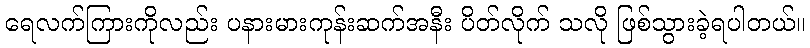
ရေလက်ကြားကိုလည်း ပနားမားကုန်းဆက်အနီး ပိတ်လိုက် သလို ဖြစ်သွားခဲ့ရပါတယ်။